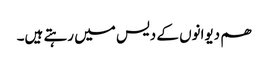
ھم دیوانوں کے دیس میں رہتے ہیں۔